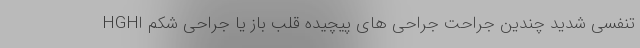
تنفسی شدید چندین جراحت جراحی های پیچیده قلب باز یا جراحی شکم اHGH